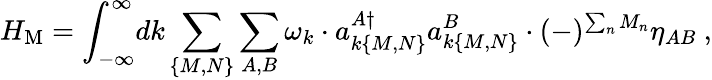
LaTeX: H_{\mathrm{M}}=\int_{-\infty}^{\infty}\! dk\sum_{\{ M,N\} }\sum_{A,B}\omega_{k}\cdot a_{k\{ M,N\} }^{A\dagger}a_{k\{ M,N\} }^{B}\cdot(-)^{\sum_{n}M_{n}}\eta_{AB}\ ,